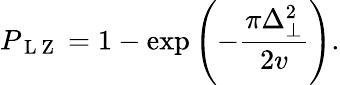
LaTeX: P_{\mathrm{~L~Z~}}=1-\exp\left(-\frac{\pi\Delta_{\perp}^{2}}{2v}\right).